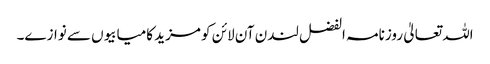
اللہ تعالیٰ روزنامہ الفضل لندن آن لائن کو مزید کامیابیوں سے نوازے۔